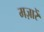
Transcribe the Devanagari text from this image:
मज़ारें